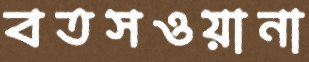
বতসওয়ানা